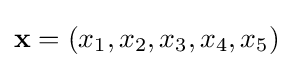
\mathbf {x} =(x_{1},x_{2},x_{3},x_{4},x_{5})